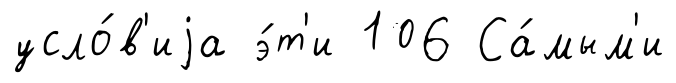
усло́в'иjа э́т'и 106 Са́мым'и